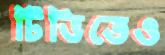
টিভিতেও